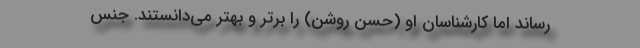
رساند اما کارشناسان او (حسن روشن) را برتر و بهتر می‌دانستند. جنس